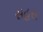
સહસ